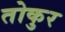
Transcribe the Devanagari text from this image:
तोकुर